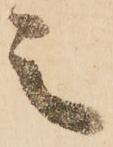
之